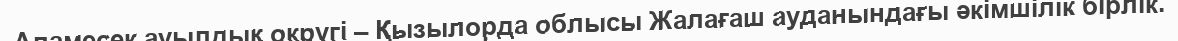
Аламесек ауылдық округі – Қызылорда облысы Жалағаш ауданындағы әкімшілік бірлік.